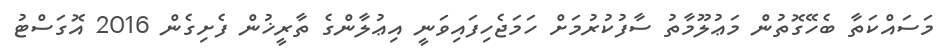
މަސައްކަތާ ބެހޭގޮތުން މަޢުލޫމާތު ސާފުކުރުމަށް ހަމަޖެހިފައިވަނީ އިޢުލާންގެ ތާރީޚުން ފެށިގެން 2016 އޮގަސްޓު